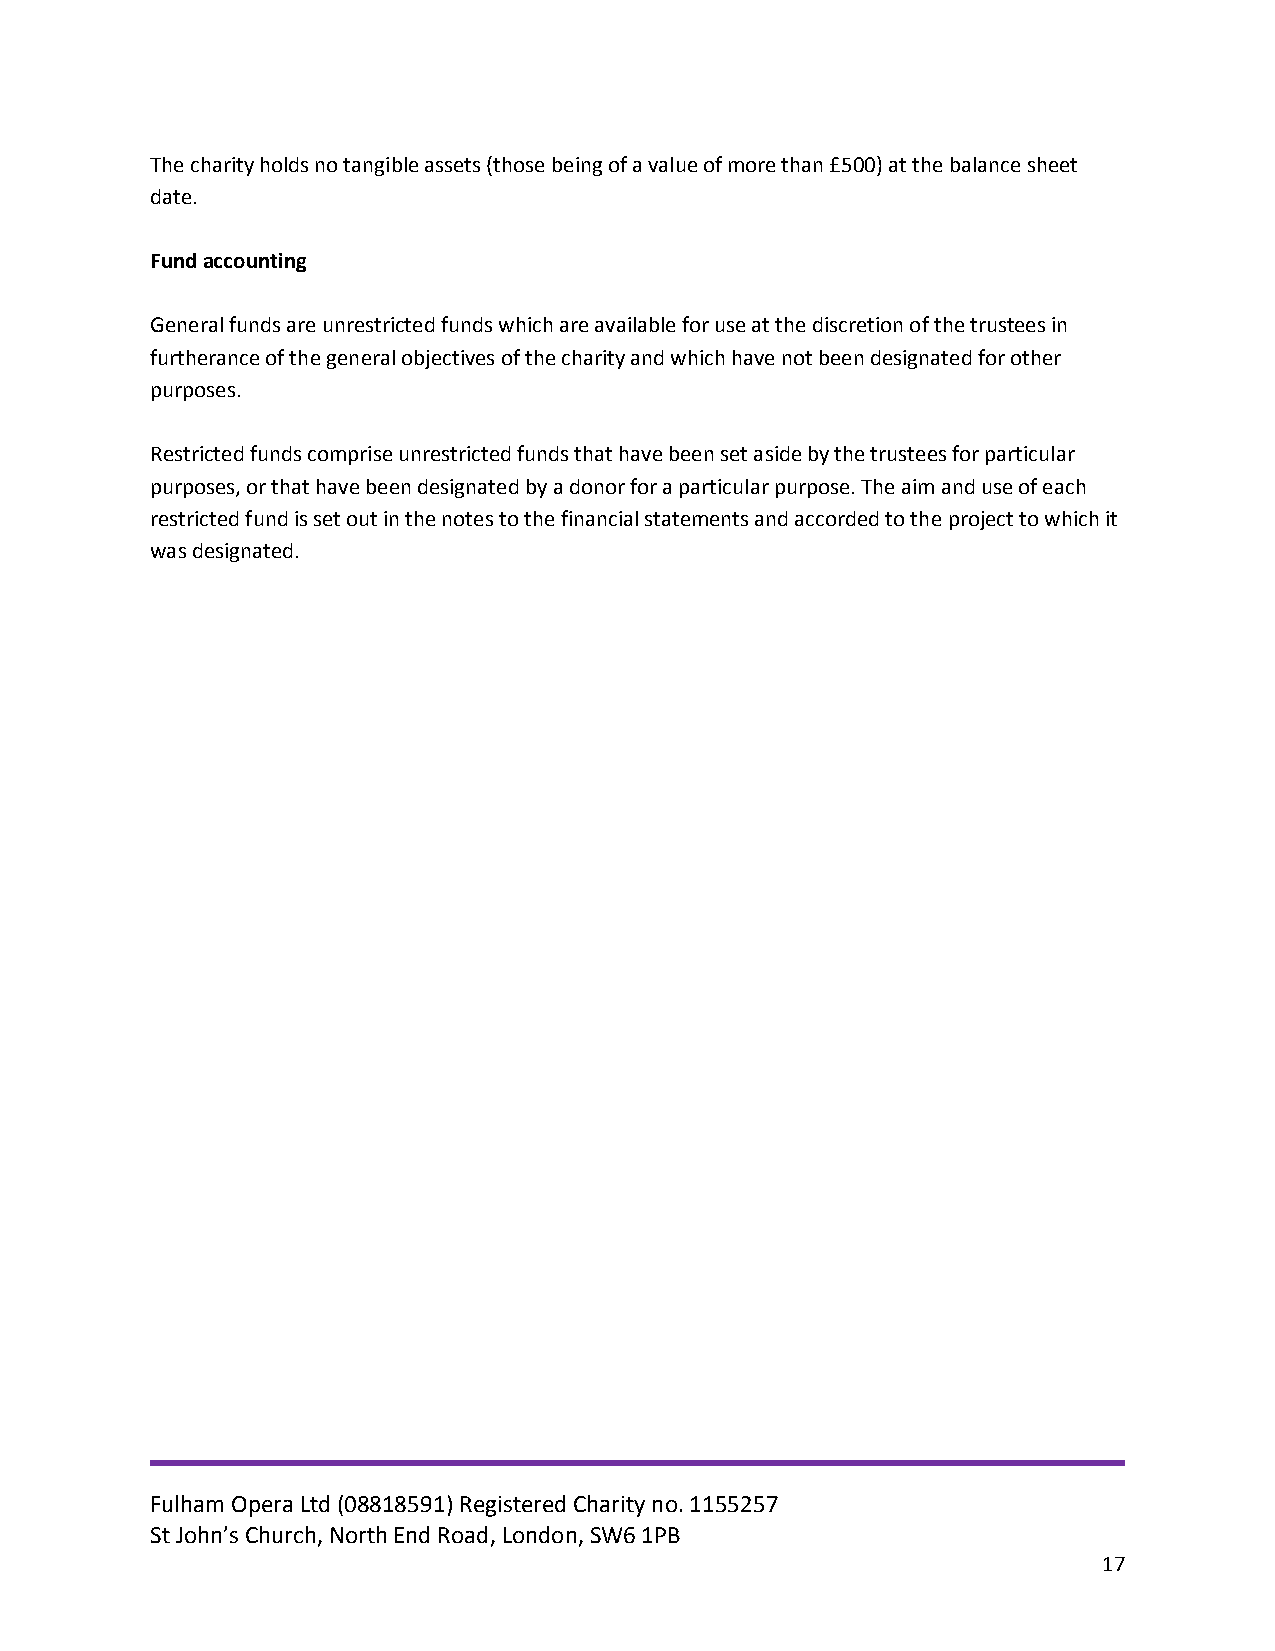
The charity holds no tangible assets (those being of a value of more than £500) at the balance sheet
 date.
 Fund accounting
 General funds are unrestricted funds which are available for use at the discretion of the trustees in
 furtherance of the general objectives of the charity and which have not been designated for other
 purposes.
 Restricted funds comprise unrestricted funds that have been set aside by the trustees for particular
 purposes, or that have been designated by a donor for a particular purpose. The aim and use of each
 restricted fund is set out in the notes to the financial statements and accorded to the project to which it
 was designated.
 Fulham Opera Ltd (08818591) Registered Charity no. 1155257
 St John’s Church, North End Road, London, SW6 1PB
 17